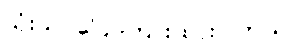
သုံးသပ်ပြောကြားထားပါတယ်။